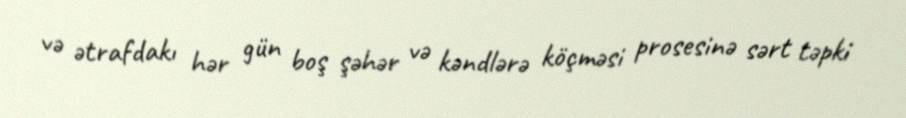
və ətrafdakı hər gün boş şəhər və kəndlərə köçməsi prosesinə sərt təpki